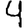
Digit: 4